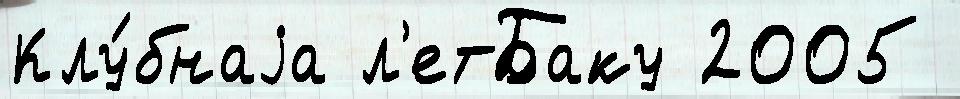
Клу́бнаjа л'етБаку 2005